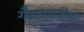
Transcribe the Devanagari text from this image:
गैरनागरिकॉ